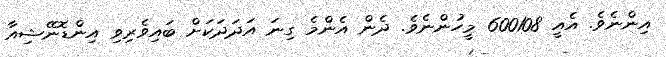
އިންނެވެ. އެއީ 600108 މީހުންނެވެ. ދެން އެންމެ ގިނަ އަދަދަކަށް ބައިވެރިވި އިންޑޮނޭޝިއާ